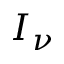
I _ { \nu }